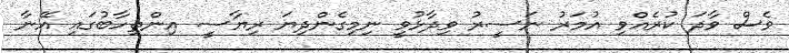
ވެސް ވާދަ ކުރެއްވި އުމަރު ނަސީރު ވިދާޅުވީ ނިމިގެންދިޔަ ރިޔާސީ އިންތިހާބުގައި އޭނާ